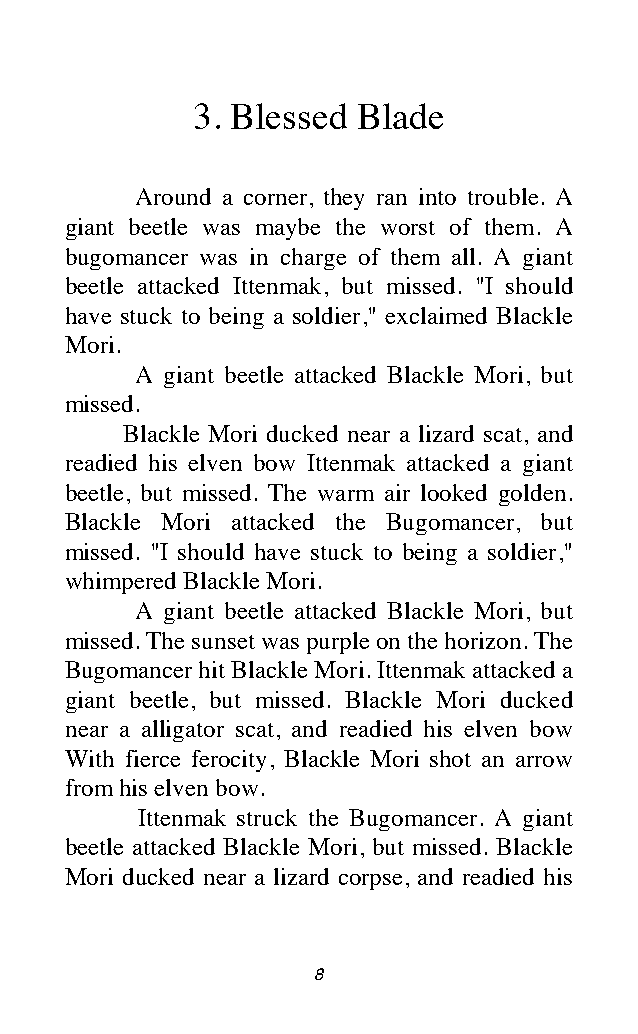
3. Blessed Blade
 Around a corner, they ran into trouble. A
 giant beetle was maybe the worst of them. A
 bugomancer was in charge of them all. A giant
 beetle attacked Ittenmak, but missed. "I should
 have stuck to being a soldier," exclaimed Blackle
 Mori.
 A giant beetle attacked Blackle Mori, but
 missed.
 Blackle Mori ducked near a lizard scat, and
 readied his elven bow Ittenmak attacked a giant
 beetle, but missed. The warm air looked golden.
 Blackle Mori attacked the Bugomancer, but
 missed. "I should have stuck to being a soldier,"
 whimpered Blackle Mori.
 A giant beetle attacked Blackle Mori, but
 missed. The sunset was purple on the horizon. The
 Bugomancer hit Blackle Mori. Ittenmak attacked a
 giant beetle, but missed. Blackle Mori ducked
 near a alligator scat, and readied his elven bow
 With fierce ferocity, Blackle Mori shot an arrow
 from his elven bow.
 Ittenmak struck the Bugomancer. A giant
 beetle attacked Blackle Mori, but missed. Blackle
 Mori ducked near a lizard corpse, and readied his
 8